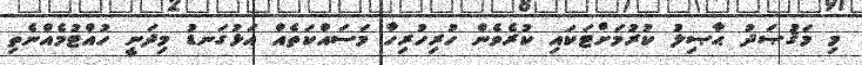
މި މަޤުޞަދު ޙާޞިލު ކުރުމަށްޓަކައި ކުރެވެން ހުރިހުރިހާ މަސައްކަތެއް އަޅުގަނޑު މިދަނީ ހުއްޓުމެއްނެތި